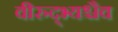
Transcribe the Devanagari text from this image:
वीरुद्भ्यश्चैव